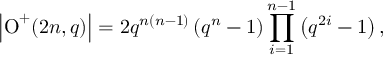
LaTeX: \left| \operatorname { O } ^ { + } ( 2 n , q ) \right| = 2 q ^ { n ( n - 1 ) } \left( q ^ { n } - 1 \right) \prod _ { i = 1 } ^ { n - 1 } \left( q ^ { 2 i } - 1 \right) ,